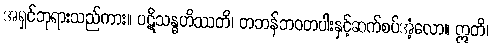
အရှင်ဘုရားသည်ကား။ ပဋိသန္ဓဟိဿတိ၊ တဘန်ဘဝတပါးနှင့်ဆက်စပ်အံ့လော။ ဣတိ၊